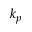
k _ { p }